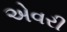
એવરી